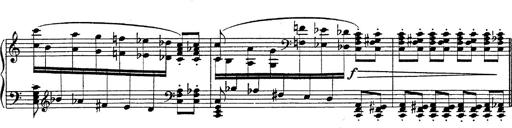
Title: Fantasie Ã¼ber Themen aus Mozarts Figaro und Don Giovanni
Composer: Franz Liszt